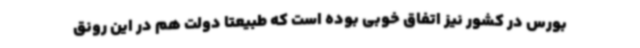
بورس در کشور نیز اتفاق خوبی بوده است که طبیعتا دولت هم در این رونق